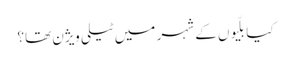
کیا بلّیوں کے شہر میں ٹیلی ویژن تھا؟